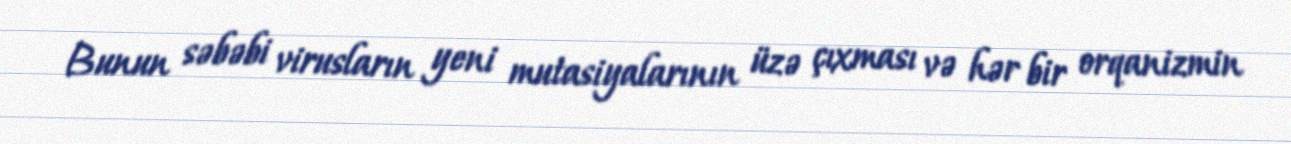
Bunun səbəbi virusların yeni mutasiyalarının üzə çıxması və hər bir orqanizmin